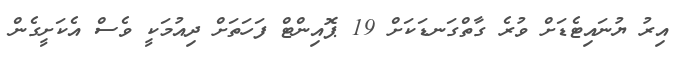
އިރު ޔުނައިޓެޑަށް ވުރެ ގާތްގަނޑަކަށް 19 ޕޮއިންޓް ފަހަތަށް ދިއުމަކީ ވެސް އެކަށީގެން